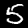
Label: 5